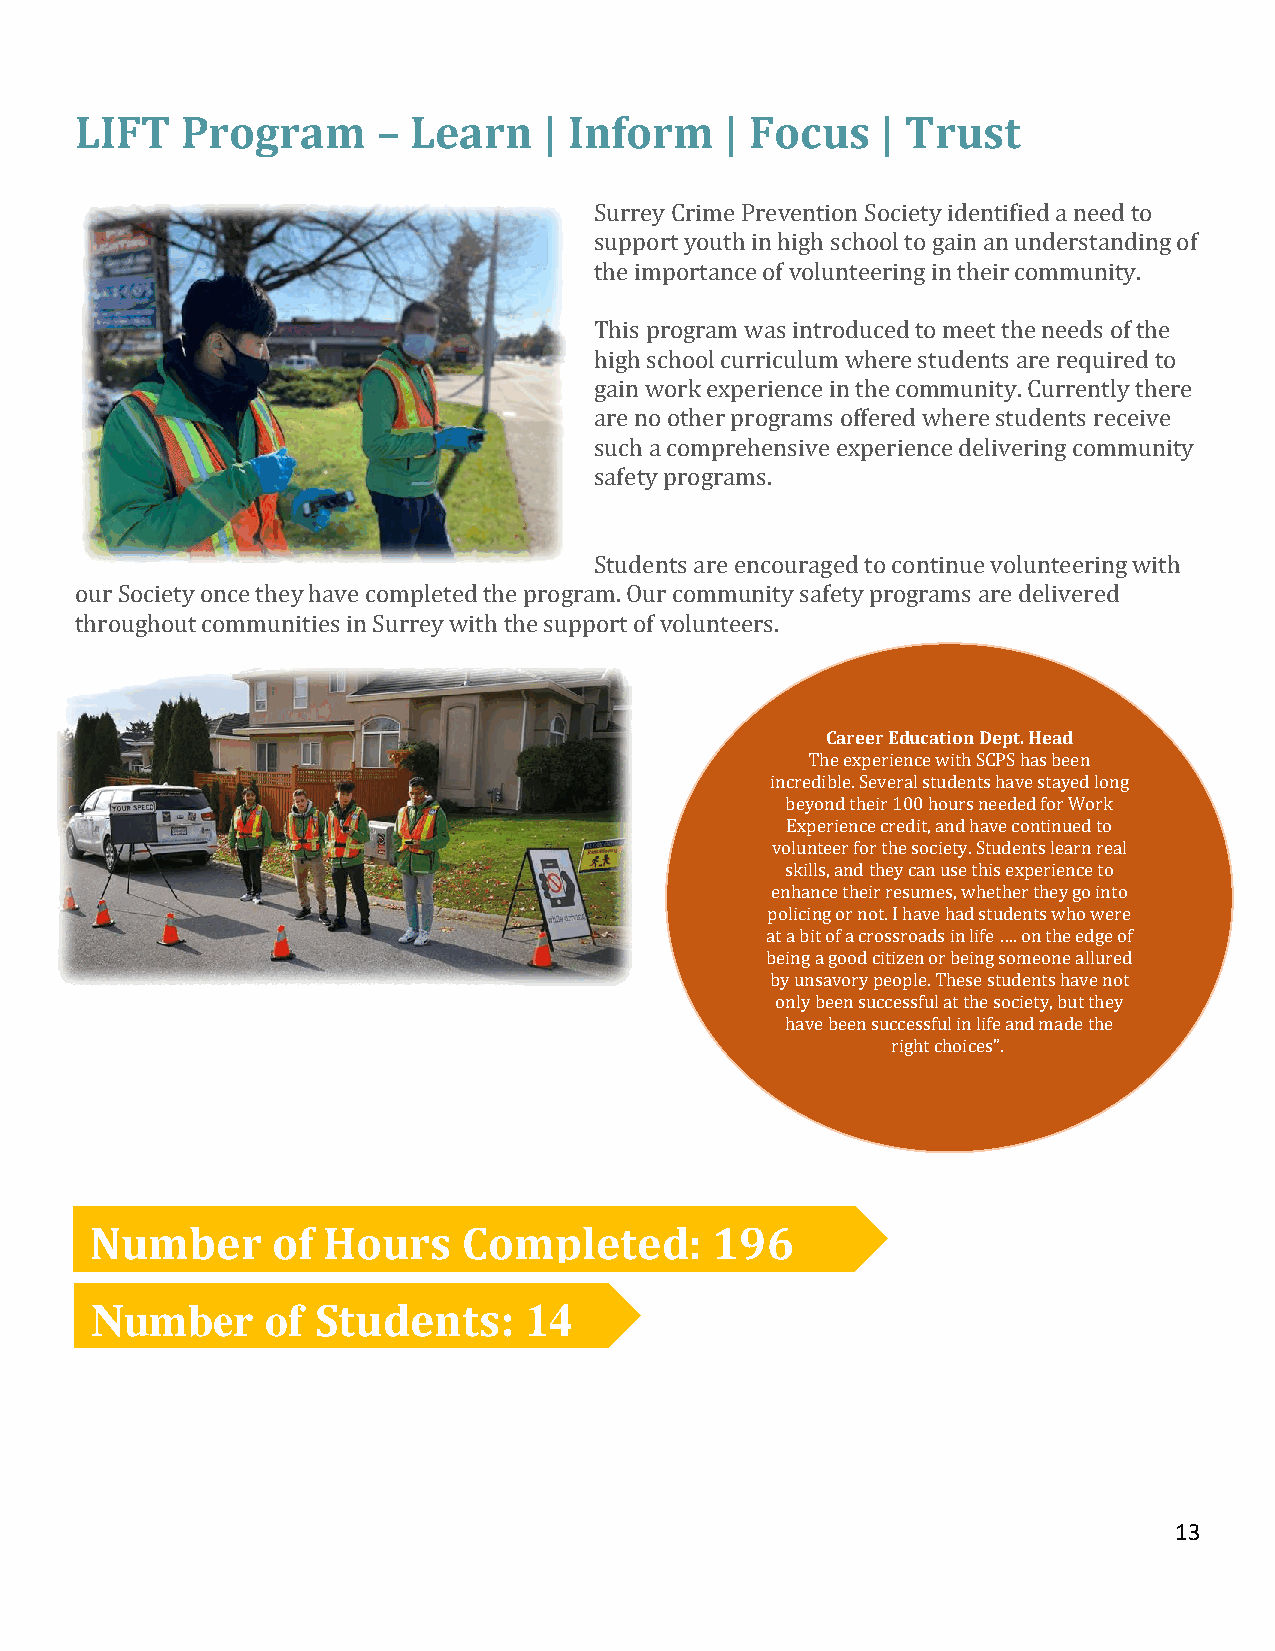
LIFT   Program      – Learn    | Inform    | Focus   | Trust
 Surrey Crime Prevention Society identified a need to
 support youth in high school to gain an understanding of
 the importance of volunteering in their community.
 This program was introduced to meet the needs of the
 high school curriculum where students are required to
 gain work experience in the community. Currently there
 are no other programs offered where students receive
 such a comprehensive experience delivering community
 safety programs.
 Students are encouraged to continue volunteering with
 our Society once they have completed the program. Our community safety programs are delivered
 throughout communities in Surrey with the support of volunteers.
 Career Education Dept. Head
 The experience with SCPS has been
 incredible. Several students have stayed long
 beyond their 100 hours needed for Work
 Experience credit, and have continued to
 volunteer for the society. Students learn real
 skills, and they can use this experience to
 enhance their resumes, whether they go into
 policing or not. I have had students who were
 at a bit of a crossroads in life …. on the edge of
 being a good citizen or being someone allured
 by unsavory people. These students have not
 only been successful at the society, but they
 have been successful in life and made the
 right choices”.
 Number      of Hours     Completed:      196
 Number      of Students:     14
 13